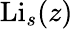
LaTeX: \operatorname{Li}_{s}(z)